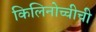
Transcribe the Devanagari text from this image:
किलिनोच्चीची